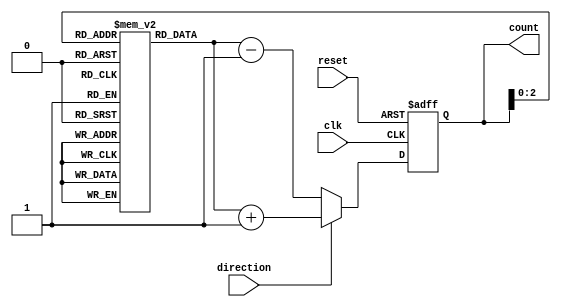
module johnson_gray_counter (
    input wire clk,
    input wire reset,
    input wire direction, // 0 for downwards, 1 for upwards
    output reg [3:0] count
);

reg [3:0] gray [7:0];

// Gray code conversion table
initial begin
    gray[0] = 4'b0000;
    gray[1] = 4'b0001;
    gray[2] = 4'b0011;
    gray[3] = 4'b0010;
    gray[4] = 4'b0110;
    gray[5] = 4'b0111;
    gray[6] = 4'b0101;
    gray[7] = 4'b0100;
end

always @(posedge clk or posedge reset) begin
    if (reset)
        count <= 4'b0000;
    else begin
        if (direction) // Upwards counting
            count <= gray[count] + 1;
        else // Downwards counting
            count <= gray[count] - 1;
    end
end

endmodule